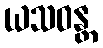
ယသဝန္တ